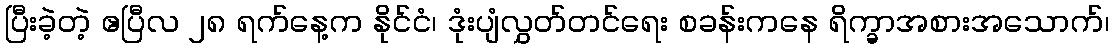
ပြီးခဲ့တဲ့ ဧပြီလ ၂၈ ရက်နေ့က နိုင်ငံ၊ ဒုံးပျံလွှတ်တင်ရေး စခန်းကနေ ရိက္ခာအစားအသောက်၊